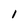
Character: 1